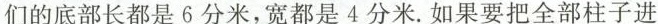
们的底部长都是6分米，宽都是4分米。如果要把全部柱子进